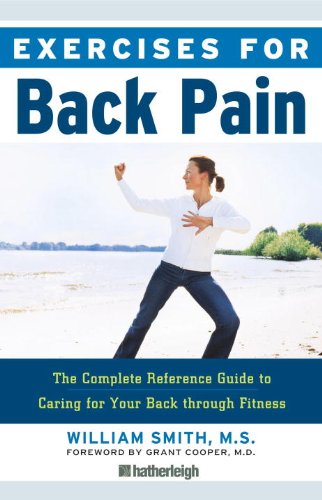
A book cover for Exercises for Back Pain: The Complete Reference Guide to Caring for Your Back through Fitness; William Smith; Health, Fitness & Dieting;